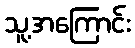
သူ့အကြောင်း